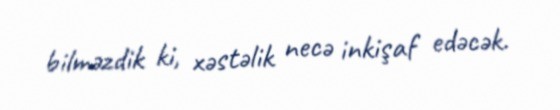
bilməzdik ki, xəstəlik necə inkişaf edəcək.